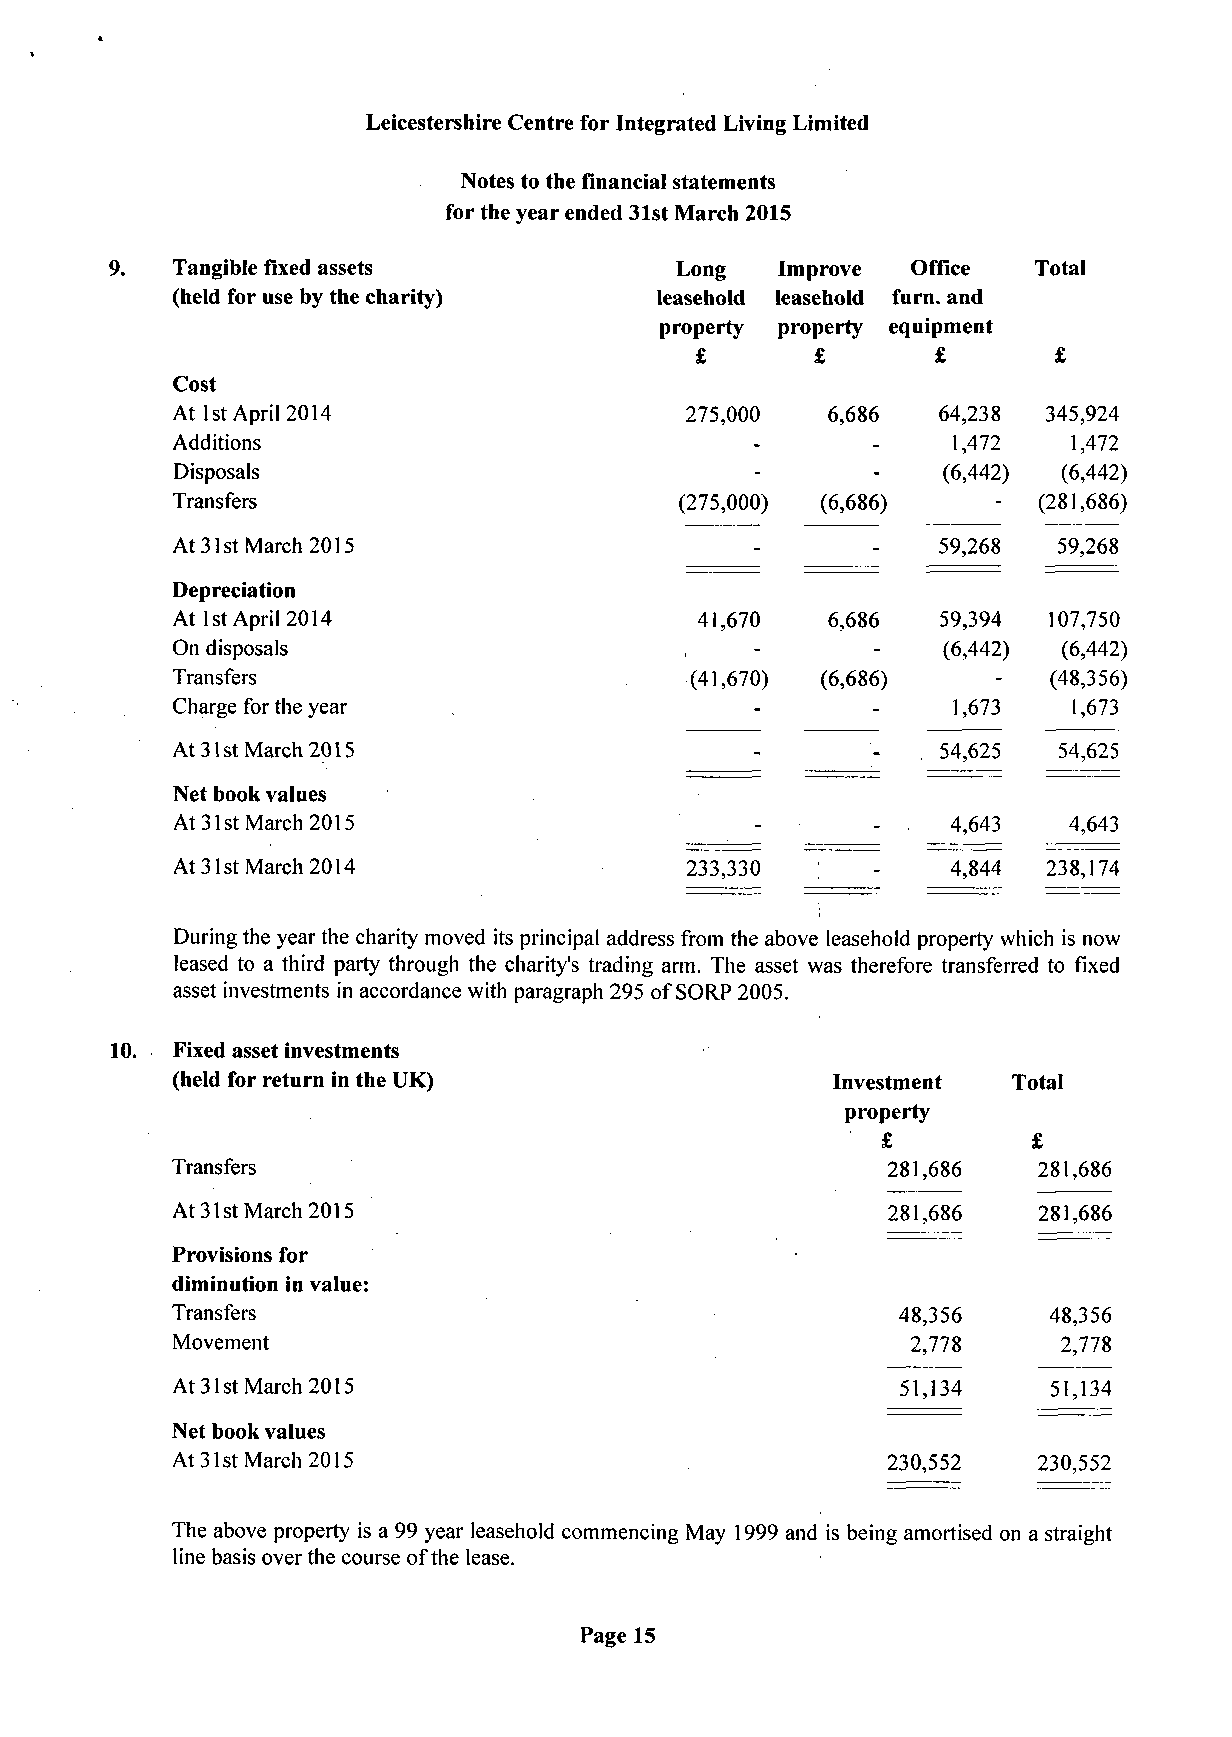
Leicestershire Centre for Integrated Living Limited
 Notes to the financial statements
 for the year ended 31st March 2015
 Tangible fixed assets             Long  Improve  Office  Total
 (held for use by the charity)   leasehold leasehold furn. and
 property property equipment
 £       £
 Cost
 At 1st April 2014                 275,000   6,686  64,238 345,924
 Additions                                           1,472   1,472
 Disposals                                         (6,442) (6,442)
 Transfers                         (275,000) (6,686)       (281,686)
 At 31st March 2015                                 59,268  59,268
 Depreciation
 At 1st April 2014                  41,670   6,686  59,394 107,750
 On disposals                                       (6,442) (6,442)
 Transfers                          (41,670) (6,686)       (48,356)
 1,673   1,673
 Charge for the year
 54,625  54,625
 At 31st March 2015
 Net book values
 4,643   4,643
 At 31st March 2015
 At 31st March 2014                233,330           4,844 238,174
 During the year the charity moved its principal address from the above leasehold property which is now
 leased to a third party through the charity's trading arm. The asset was therefore transferred to fixed
 asset investments in accordance with paragraph 295 of SORP 2005.
 10.  Fixed asset investments
 (held for return in the UK)                 Investment  Total
 property
 £
 Transfers                                       281,686   281,686
 At 31st March 2015                              281,686   281,686
 Provisions for
 diminution in value:
 Transfers                                       48,356    48,356
 Movement                                         2,778     2,778
 At 31st March 2015                               51,134    51,134
 Net book values
 At 31st March 2015                              230,552   230,552
 The above property is a 99 year leasehold commencing May 1999 and is being amortised on a straight
 line basis over the course of the lease.
 Page 15